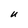
Character: U